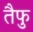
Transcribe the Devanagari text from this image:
तैफु